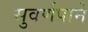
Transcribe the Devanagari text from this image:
सुवर्णपाने